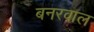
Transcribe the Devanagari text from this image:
बनरवाल